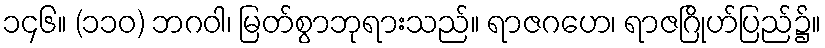
၁၄၆။ (၁၁၀) ဘဂဝါ၊ မြတ်စွာဘုရားသည်။ ရာဇဂဟေ၊ ရာဇဂြိုဟ်ပြည်၌။